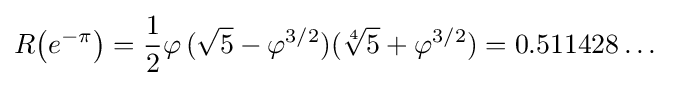
R{\big (}e^{-\pi }{\big )}={\frac {1}{2}}\varphi \,({\sqrt {5}}-\varphi ^{3/2})({\sqrt[{4}]{5}}+\varphi ^{3/2})=0.511428\dots